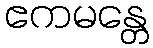
ဧကမန္တေ